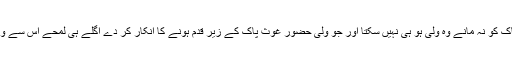
گویا جو حضور غوثِ پاک کو نہ مانے وہ ولی ہو ہی نہیں سکتا اور جو ولی حضور غوثِ پاک کے زیرِ قدم ہونے کا انکار کر دے اگلے ہی لمحے اس سے ولایت سلب ہو جائے گی۔